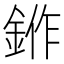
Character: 𬫛